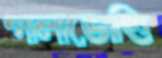
গালাভোত্তি